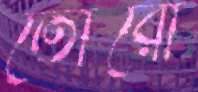
তোরো